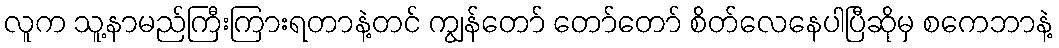
လူက သူ့နာမည်ကြီးကြားရတာနဲ့တင် ကျွန်တော် တော်တော် စိတ်လေနေပါပြီဆိုမှ စကေဘာနဲ့